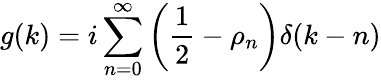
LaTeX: g(k)=i\sum_{n=0}^{\infty}\left({\frac{1}{2}}-\rho_{n}\right)\delta(k-n)